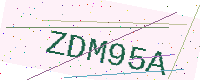
Text: ZDM95A